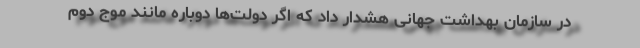
در سازمان بهداشت جهانی هشدار داد که اگر دولت‌ها دوباره مانند موج دوم